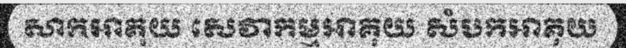
សាកអាគុយ សេវាកម្មអាគុយ សំបកអាគុយ